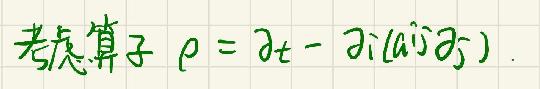
考虑算子 $\rho=\partial_t-\partial_i(a_{ij}\partial_j)$ .